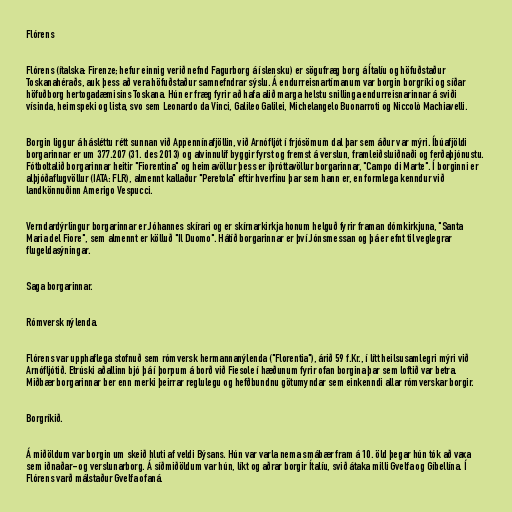
Flórens

Flórens (ítalska: Firenze; hefur einnig verið nefnd Fagurborg á íslensku) er sögufræg borg á Ítalíu og höfuðstaður
Toskanahéraðs, auk þess að vera höfuðstaður samnefndrar sýslu. Á endurreisnartímanum var borgin borgríki og síðar
höfuðborg hertogadæmisins Toskana. Hún er fræg fyrir að hafa alið marga helstu snillinga endurreisnarinnar á sviði
vísinda, heimspeki og lista, svo sem Leonardo da Vinci, Galileo Galilei, Michelangelo Buonarroti og Niccolò Machiavelli.

Borgin liggur á hásléttu rétt sunnan við Appennínafjöllin, við Arnófljót í frjósömum dal þar sem áður var mýri. Íbúafjöldi
borgarinnar er um 377.207 (31. des 2013) og atvinnulíf byggir fyrst og fremst á verslun, framleiðsluiðnaði og ferðaþjónustu.
Fótboltalið borgarinnar heitir "Fiorentina" og heimavöllur þess er íþróttavöllur borgarinnar, "Campo di Marte". Í borginni er
alþjóðaflugvöllur (IATA: FLR), almennt kallaður "Peretola" eftir hverfinu þar sem hann er, en formlega kenndur við
landkönnuðinn Amerigo Vespucci.

Verndardýrlingur borgarinnar er Jóhannes skírari og er skírnarkirkja honum helguð fyrir framan dómkirkjuna, "Santa
Maria del Fiore", sem almennt er kölluð "Il Duomo". Hátíð borgarinnar er því Jónsmessan og þá er efnt til veglegrar
flugeldasýningar.

Saga borgarinnar.

Rómversk nýlenda.

Flórens var upphaflega stofnuð sem rómversk hermannanýlenda ("Florentia"), árið 59 f.Kr., í lítt heilsusamlegri mýri við
Arnófljótið. Etrúski aðallinn bjó þá í þorpum á borð við Fiesole í hæðunum fyrir ofan borgina þar sem loftið var betra.
Miðbær borgarinnar ber enn merki þeirrar reglulegu og hefðbundnu götumyndar sem einkenndi allar rómverskar borgir.

Borgríkið.

Á miðöldum var borgin um skeið hluti af veldi Býsans. Hún var varla nema smábær fram á 10. öld þegar hún tók að vaxa
sem iðnaðar- og verslunarborg. Á síðmiðöldum var hún, líkt og aðrar borgir Ítalíu, svið átaka milli Gvelfa og Gíbellína. Í
Flórens varð málstaður Gvelfa ofaná.